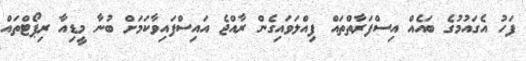
ފަހު އެގައުމުގެ ބައެއް އިސްފަރާތްތައް ފިއްލަވައިގެން ރާއްޖެ އައިސްފައިވާކަމަށް ބުނާ މީޑިއާ ރިޕޯޓްތައް